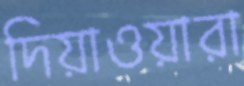
দিয়াওয়ারা